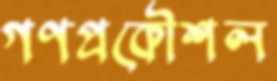
গণপ্রকৌশল